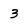
Character: 3